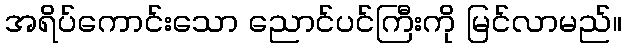
အရိပ်ကောင်းသော ညောင်ပင်ကြီးကို မြင်လာမည်။